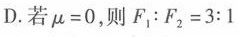
D.若$$μ = 0$$，则$$F _ { 1 } : F _ { 2 } = 3 : 1$$